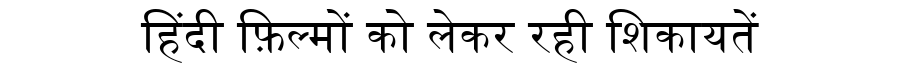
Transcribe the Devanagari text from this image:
हिंदी फ़िल्मों को लेकर रही शिकायतें